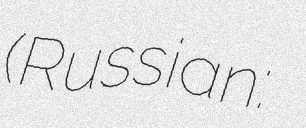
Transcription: (Russian: Диана